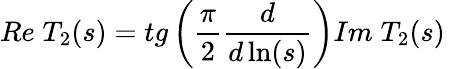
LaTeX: Re\; T_{2}(s)=tg\left(\frac{\pi}{2}\frac{d}{d\ln(s)}\right)Im\; T_{2}(s)~~